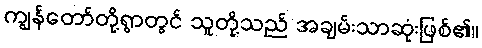
ကျွန်တော်တို့ရွာတွင် သူတို့သည် အချမ်းသာဆုံးဖြစ်၏။